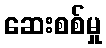
ဆေးစစ်မှု